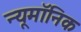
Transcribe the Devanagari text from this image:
न्यूमॉनिक